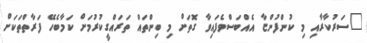
"ސަރުކާރާއި މި ކުންފުންޏާ އެއްބަސްވެފައިވާ ގޮތަށް މި ބިންތައް ތަރައްގީކުރުމަށް ކަމާބެހޭ ފަރާތްތަކަށް